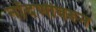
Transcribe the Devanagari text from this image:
नोंदणीवरून